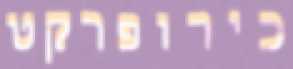
כירופרקט